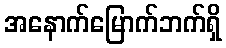
အနောက်မြောက်ဘက်ရှိ